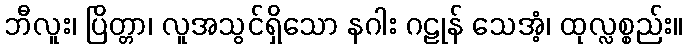
ဘီလူး၊ ပြိတ္တာ၊ လူအသွင်ရှိသော နဂါး ဂဠုန် သေအံ့၊ ထုလ္လစ္စည်း။